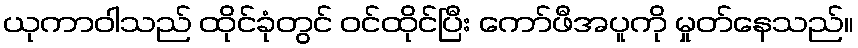
ယုကာဝါသည် ထိုင်ခုံတွင် ဝင်ထိုင်ပြီး ကော်ဖီအပူကို မှုတ်နေသည်။